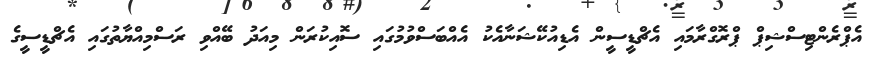
އެޕްރެންޓިސްޝިޕް ޕްރޮގްރާމައި އެޗްޑީސީން އެޑިއުކޭޝަނާއެކު އެއްބަސްވުމުގައި ސޮއިކުރަން މިއަދު ބޭއްވި ރަސްމިއްޔާތުގައި އެޗްޑީސީގެ